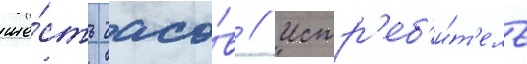
ше́сть часо́в // Истр'еб'и́т'ель